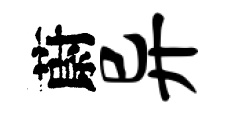
蔚异